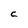
Character: C